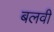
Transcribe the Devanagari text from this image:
बलवी